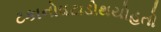
ટકાનોઘટાડોથયોહતો